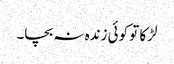
لڑکا تو کوئی زندہ نہ بچا۔